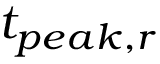
t _ { p e a k , r }